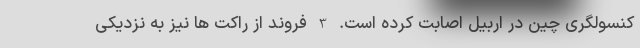
کنسولگری چین در اربیل اصابت کرده است. 3 فروند از راکت ها نیز به نزدیکی